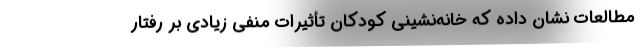
مطالعات نشان داده که خانه‌نشینی کودکان تأثیرات منفی زیادی بر رفتار